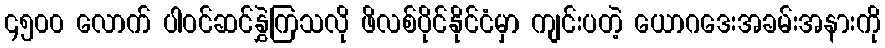
၄၅၀၀ လောက် ပါဝင်ဆင်နွှဲကြသလို ဖိလစ်ပိုင်နိုင်ငံမှာ ကျင်းပတဲ့ ယောဂဒေးအခမ်းအနားကို